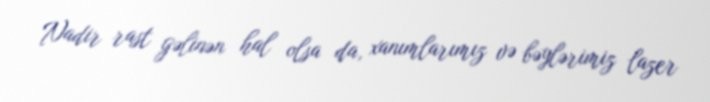
Nadir rast gəlinən hal olsa da, xanımlarımız və bəylərimiz lazer